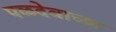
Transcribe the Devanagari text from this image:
पळदेवाच्या